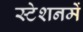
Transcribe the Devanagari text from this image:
स्टेशनमें